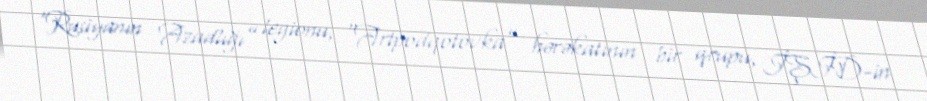
“Rusiyanın Azadlığı” legionu, “Artpodqotovka” hərəkatının bir qrupu, İŞİD-in